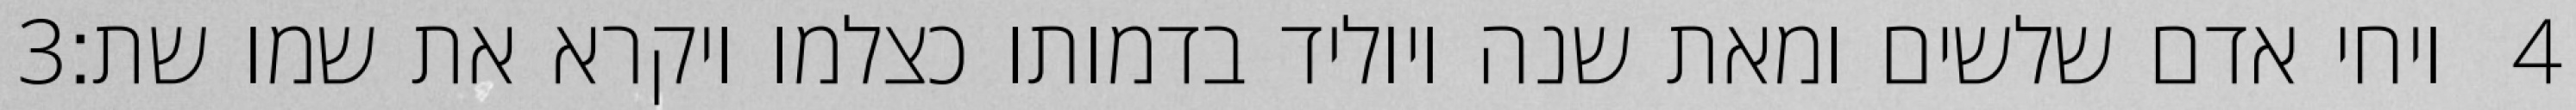
‎3‏ ויחי אדם שלשים ומאת שנה ויוליד בדמותו כצלמו ויקרא את שמו שת׃ ‎4‏